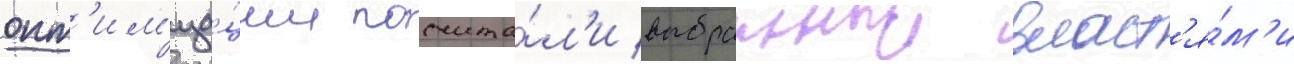
опт'им'иза́ции посчита́л'и выбранныи власт'я́м'и